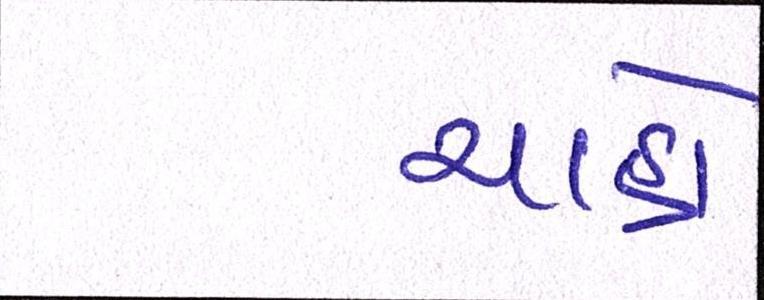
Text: ચાહો